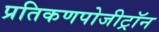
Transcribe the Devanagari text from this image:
प्रतिकणपोजीट्रॉन